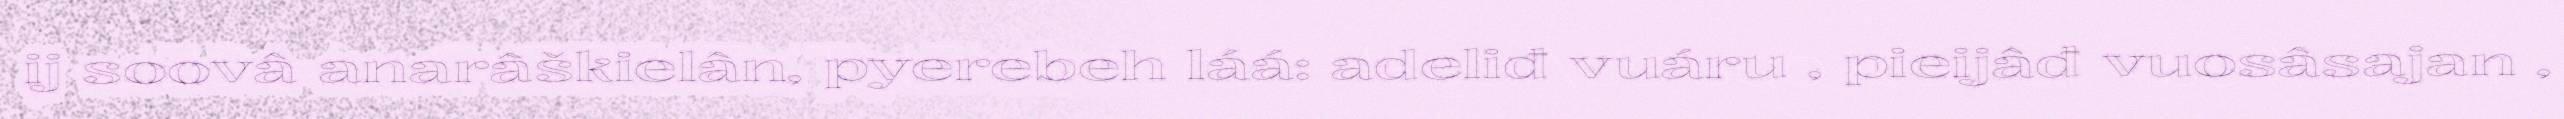
ij soovâ anarâškielân, pyerebeh láá: adeliđ vuáru , pieijâđ vuosâsajan ,